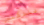
للدكتور